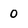
Character: 0